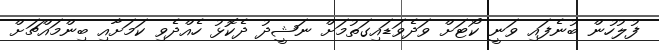
ފުލުހުން ބުނެފައި ވަނީ ކޯޓަށް ވަދެވަޑައިގަތުމަށް ނަޝީދު ދެކޮޅު ހެއްދެވި ކަމަށާއި ބިންމައްޗަށް